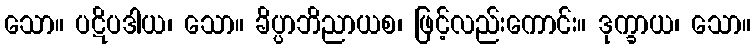
သော။ ပဋိပဒါယ၊ သော။ ခိပ္ပာဘိညာယစ၊ ဖြင့်လည်းကောင်း။ ဒုက္ခာယ၊ သော။